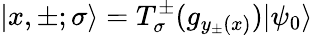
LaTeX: |x,\pm;\sigma\rangle=T_{\sigma}^{\pm}(g_{y_{\pm}(x)})|\psi_{0}\rangle